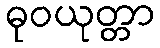
ဓုဝယုတ္တာ